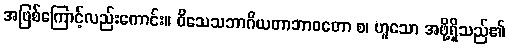
အဖြစ်ကြောင့်လည်းကောင်း။ ဝိသေသဘာဂိယတာဘာဝတော စ၊ ဟူသော အဖို့ရှိသည်၏